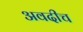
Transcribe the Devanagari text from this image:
अवदीच